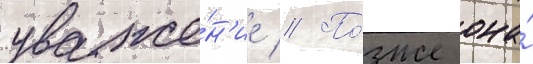
уваже́н'ие // По́зже она́